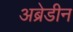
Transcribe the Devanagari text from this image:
अब्रेडीन